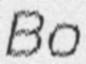
Bo